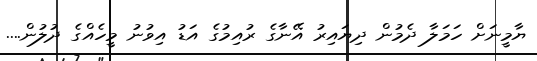
ޔާމީނަށް ހަމަލާ ދެމުން ދިޔައިރު އޭނާގެ ރުއިމުގެ އަޑު އިވުނު މީހެއްގެ ދުލުން....